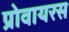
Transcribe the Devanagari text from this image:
प्रोवायरस